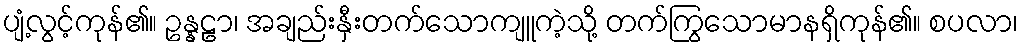
ပျံ့လွင့်ကုန်၏။ ဥန္နဠာ၊ အချည်းနှီးတက်သောကျူကဲ့သို့ တက်ကြွသောမာနရှိကုန်၏။ စပလာ၊